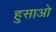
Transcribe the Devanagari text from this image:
हुसाओ